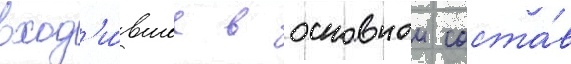
вход'и́вшее в основнои соста́в